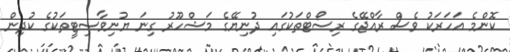
ކޮންމެ އަހަރަކު ވެސް ރާއްޖޭގެ ރިސޯޓްތަކުގައި ދުނިޔޭގެ މަޝްހޫރު ގިނަ ޔުނިވާސިޓީތަކުގެ ކުދިން